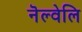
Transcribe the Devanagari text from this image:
नॆल्वेलि